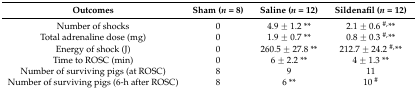
| Outcomes | Sham (n = 8) | Saline (n = 12) | Sildenafil (n = 12) |
 | --- | --- | --- | --- |
 | Number of shocks | 0 | 4.9 ± 1.2 ** | 2.1 ± 0.6 #,** |
 | Total adrenaline dose (mg) | 0 | 1.9 ± 0.7 ** | 0.8 ± 0.3 #,** |
 | Energy of shock (J) | 0 | 260.5 ± 27.8 ** | 212.7 ± 24.2 #,** |
 | Time to ROSC (min) | 0 | 6 ± 2.2 ** | 4 ± 1.3 ** |
 | Number of surviving pigs (at ROSC) | 8 | 9 | 11 |
 | Number of surviving pigs (6-h after ROSC) | 8 | 6 ** | 10 # |